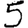
Digit: 5